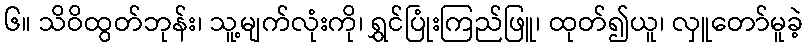
၆။ သိဝိထွတ်ဘုန်း၊ သူ့မျက်လုံးကို၊ ရွှင်ပြုံးကြည်ဖြူ၊ ထုတ်၍ယူ၊ လှူတော်မူခဲ့